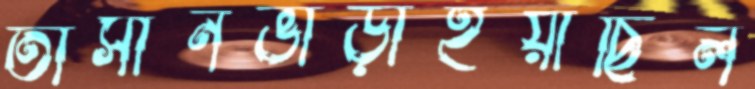
তাসীনভাঁড়াইয়াছিল